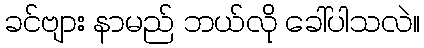
ခင်ဗျား နာမည် ဘယ်လို ခေါ်ပါသလဲ။